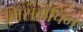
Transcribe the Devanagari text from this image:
मिसमैचिंग